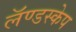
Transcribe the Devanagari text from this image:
लॅण्डस्केप